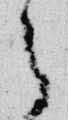
之